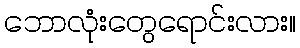
ဘောလုံးတွေရောင်းလား။